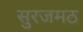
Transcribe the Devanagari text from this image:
सुरजमठ